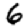
Digit: 6